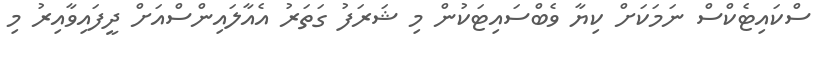
ސްކައިޓެކްސް ނަމަކަށް ކިޔާ ވެބްސައިޓަކުން މި ޝަރަފު ގަތަރު އެއާލައިންސްއަށް ދީފައިވާއިރު މި